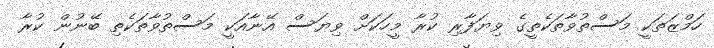
ހަމްޒަތަކީ މަސްތުވާތަކެތީގެ ވިޔަފާރި ކުރާ މީހަކަށް ވިޔަސް އޭނާއަކީ މަސްތުވާތަކެތި ބޭނުން ކުރާ